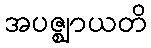
အပဇ္ဈာယတိ